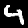
Label: 4